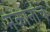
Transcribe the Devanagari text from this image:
मकानांचे